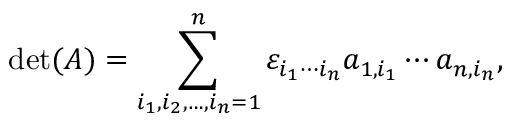
\operatorname* { d e t } ( A ) = \sum _ { i _ { 1 } , i _ { 2 } , \ldots , i _ { n } = 1 } ^ { n } \varepsilon _ { i _ { 1 } \cdots i _ { n } } a _ { 1 , i _ { 1 } } \cdots a _ { n , i _ { n } } ,